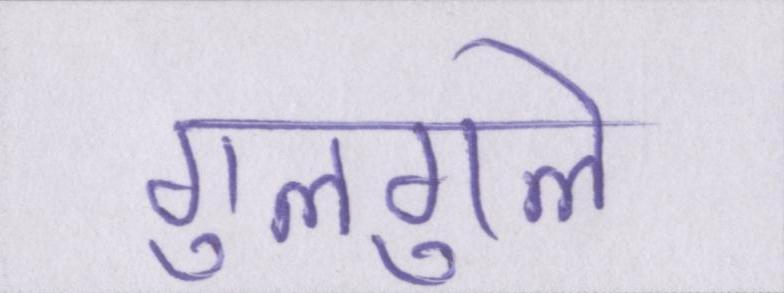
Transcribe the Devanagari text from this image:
गुलगुले